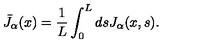
{ \bar { J } } _ { \alpha } ( x ) = \frac { 1 } { L } \int _ { 0 } ^ { L } d s J _ { \alpha } ( x , s ) .